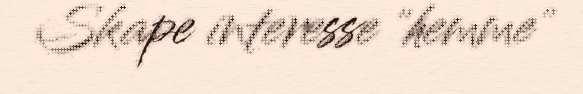
Skape interesse "hemme"